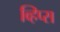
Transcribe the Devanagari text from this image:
व्हिप्स